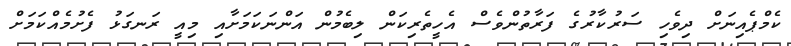
ކެމްޕެއިނަށް ދިވެހި ސަރުކާރުގެ ފަރާތުންވެސް އެހީތެރިކަން ލިބެމުން އަންނަކަމަށާއި މިއީ ރަނގަޅު ފެށުމެއްކަމަށް